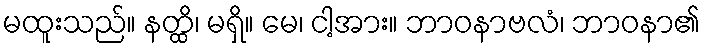
မထူးသည်။ နတ္ထိ၊ မရှိ။ မေ၊ ငါ့အား။ ဘာဝနာဗလံ၊ ဘာဝနာ၏